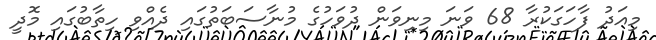
މިއަދު ފާހަގަކުރާ 68 ވަނަ މިނިވަން ދުވަހުގެ މުނާސަބަތުގައި ދެއްވި ހިތާބުގައި މޮދީ